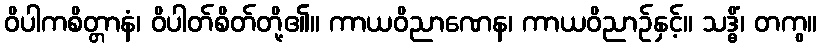
ဝိပါကစိတ္တာနံ၊ ဝိပါတ်စိတ်တို့၏။ ကာယဝိညာဏေန၊ ကာယဝိညာဉ်နှင့်။ သဒ္ဓိံ၊ တကွ။